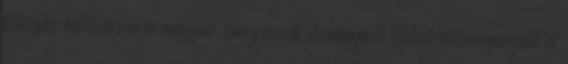
büszke kihívásra a magyar huszárok őrnagya, Sebő előrenyargalt a